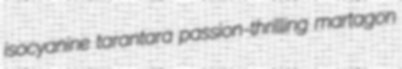
isocyanine tarantara passion-thrilling martagon